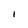
Character: l